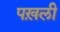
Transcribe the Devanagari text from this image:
पख़ली